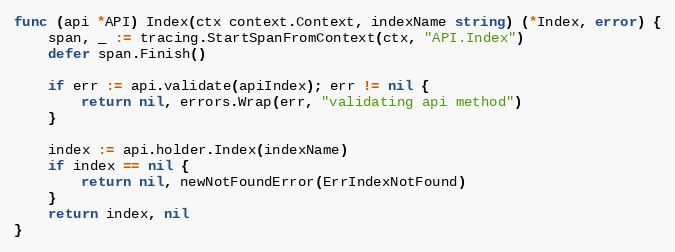
Language: Go
func (api *API) Index(ctx context.Context, indexName string) (*Index, error) {
	span, _ := tracing.StartSpanFromContext(ctx, "API.Index")
	defer span.Finish()

	if err := api.validate(apiIndex); err != nil {
		return nil, errors.Wrap(err, "validating api method")
	}

	index := api.holder.Index(indexName)
	if index == nil {
		return nil, newNotFoundError(ErrIndexNotFound)
	}
	return index, nil
}